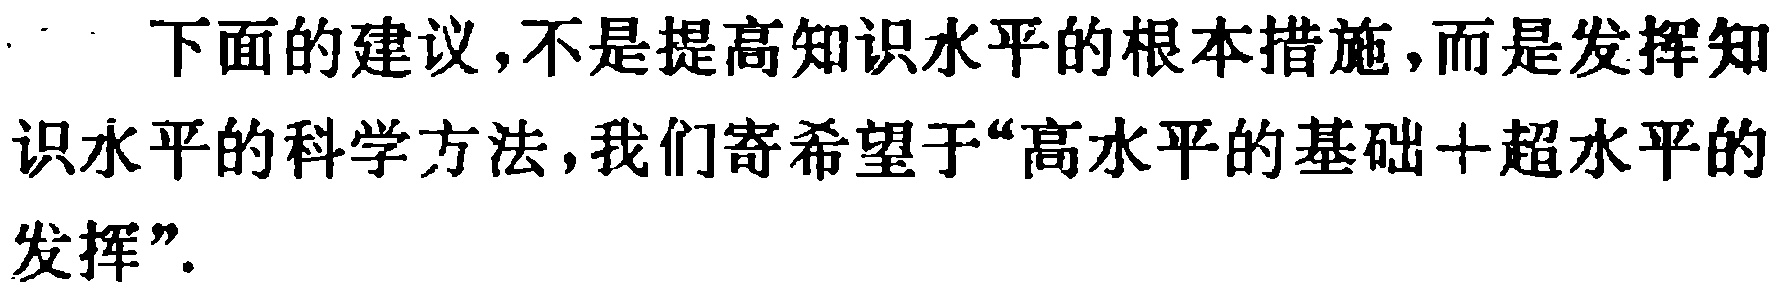
下面的建议,不是提高知识水平的根本措施,而是发挥知识水平的科学方法,我们寄希望于“高水平的基础+超水平的发挥”.